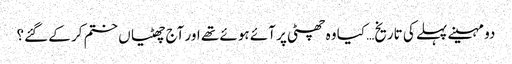
دو مہینے پہلے کی تاریخ… کیا وہ چھٹی پر آئے ہوئے تھے اور آج چھٹیاں ختم کر کے گئے؟